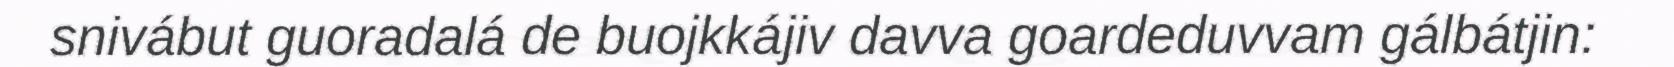
snivábut guoradalá de buojkkájiv davva goardeduvvam gálbátjin: